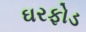
ઘરફોડ